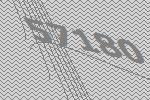
57180